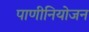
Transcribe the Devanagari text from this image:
पाणीनियोजन